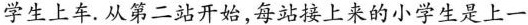
学生上车。从第二站开始，每站接上来的小学生是上一